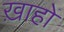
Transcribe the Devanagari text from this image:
ख़ाहों